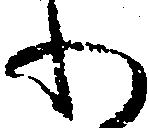
わ